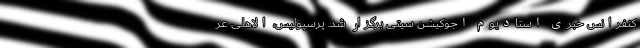
کنفرانس خبری استادیوم اجوکیشن سیتی برگزار شد. پرسپولیس، الاهلی عر